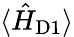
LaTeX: \langle\hat{H}_{\mathrm{D1}}\rangle